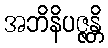
အဘိနိပဇ္ဇန္တိ